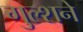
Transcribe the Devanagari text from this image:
गुल्शने